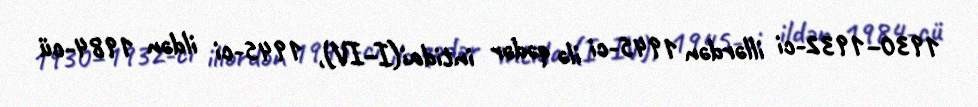
1930–1932-ci illərdən 1945-ci ilə qədər intidai(I–IV), 1945-ci ildən 1984-cü